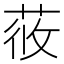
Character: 𦱿